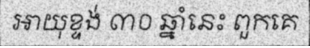
អាយុខ្ទង់ ៣០ ឆ្នាំនេះ ពួកគេ